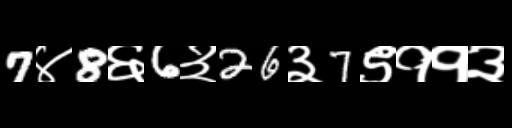
Text: 7४8६6३26३7९११३